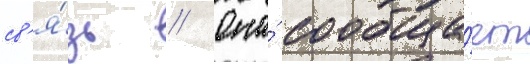
св'я́зь // Она́ сообща́ет